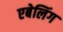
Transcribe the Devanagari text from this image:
एबेलिंग